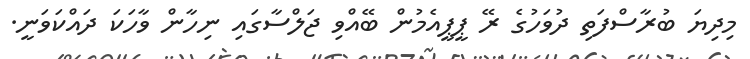
މިދިޔަ ބުރާސްފަތި ދުވަހުގެ ރޭ ޕީޕީއެމުން ބޭއްވި ޖަލްސާގައި ނިހާން ވާހަކަ ދައްކަވަނީ.